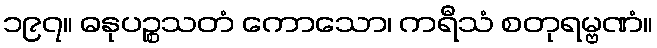
၁၉၇။ ဓနုပဉ္စသတံ ကောသော၊ ကရီသံ စတုရမ္ဗဏံ။